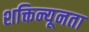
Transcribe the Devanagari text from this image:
शक्तिन्यूनता